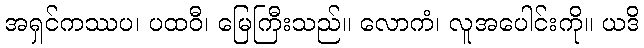
အရှင်ကဿပ၊ ပထဝီ၊ မြေကြီးသည်။ လောကံ၊ လူအပေါင်းကို။ ယဒိ